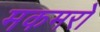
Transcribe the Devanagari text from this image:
मकमरो